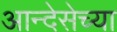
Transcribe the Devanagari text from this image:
आन्देसेच्या